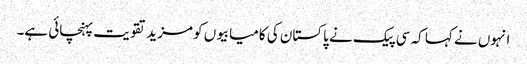
انہوں نے کہا کہ سی پیک نے پاکستان کی کامیابیوں کو مزید تقویت پہنچائی ہے۔